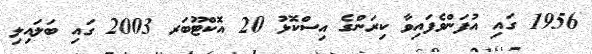
1956 ގައި އުފަންވެފައިވާ ކިރަންގެ އިސްކޮޅު 20 އޮކްޓޫބަރ 2003 ގައި ބަލައިލި